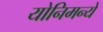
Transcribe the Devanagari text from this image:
योनिमन्ये